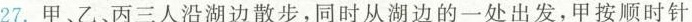
27.甲、乙、丙三人沿湖边散步，同时从湖边的一处出发，甲按顺时针